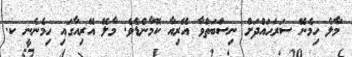
މާލެ ހިމެނޭ ސަރަޙައްދަށް ނިސްބަތްވާ އޭރިއާ ކޮމާންޑެވެ. މާލޭ އޭރިއާގައި ހިމެނެނީ ކ.